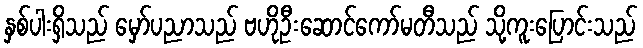
နှစ်ပါးရှိသည် မှော်ပညာသည် ဗဟိုဦးဆောင်ကော်မတီသည် သို့ကူးပြောင်းသည်